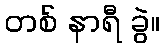
တစ် နာရီ ခွဲ။